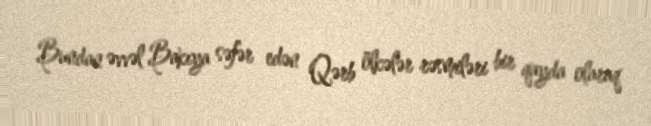
Bundan əvvəl Bakıya səfər edən Qərb ölkələr rəsmiləri bir qayda olaraq